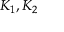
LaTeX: K _ { 1 } , K _ { 2 }